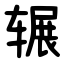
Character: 辗